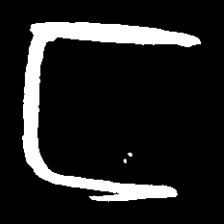
Pyu character \u2014 Myanmar letter: င (romanized: nga)